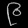
Digit: ၉